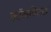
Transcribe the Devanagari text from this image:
कॉलफिल्ड